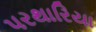
પરથારિયા